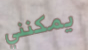
يمكنني